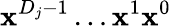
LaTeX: \boldsymbol{\mathbf{x}}^{D_{j}-1}\ldots\boldsymbol{\mathbf{x}}^{1}\boldsymbol{\mathbf{x}}^{0}